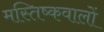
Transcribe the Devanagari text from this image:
मस्तिष्कवालों